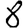
Digit: 8